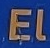
EL